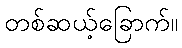
တစ်ဆယ့်ခြောက်။